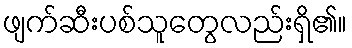
ဖျက်ဆီးပစ်သူတွေလည်းရှိ၏။